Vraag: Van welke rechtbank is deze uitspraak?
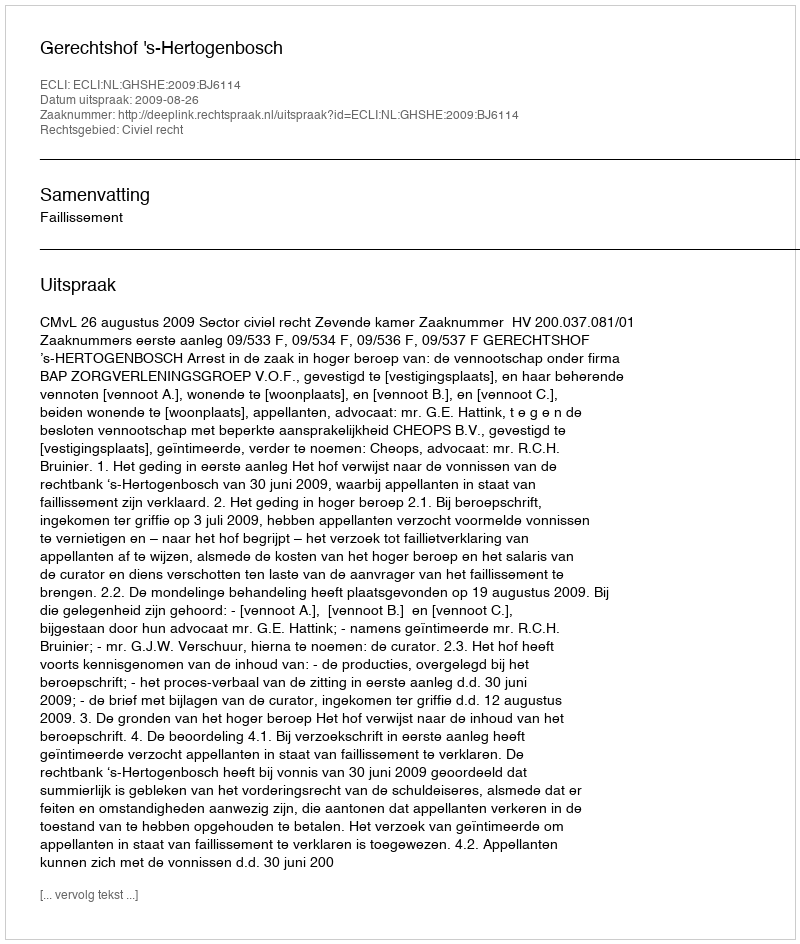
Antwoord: Gerechtshof 's-Hertogenbosch